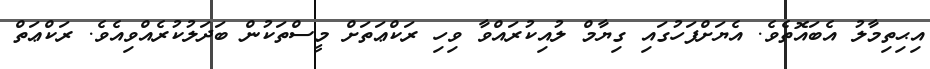
އިޙިތިމާލު އެބައޮތެވެ. އެޔަށްފަހުގައި ގިޔާމް ލުއިކުރައްވާ ވިހި ރަކްޢަތަށް މީސްތަކުން ބަދަލުކުރެއްވިއެވެ. ރަކްޢަތް